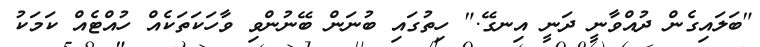
"ބަލައިގެން ދުއްވާނީ ދަނީ އިނގޭ." ހިތުގައި ބުނަން ބޭނުންވި ވާހަކަތަކެއް ހުއްޓެއް ކަމަކު